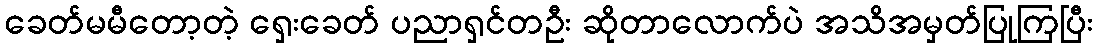
ခေတ်မမီတော့တဲ့ ရှေးခေတ် ပညာရှင်တဦး ဆိုတာလောက်ပဲ အသိအမှတ်ပြုကြပြီး